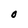
Character: O